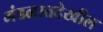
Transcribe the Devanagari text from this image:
मंडळातदेखील